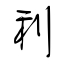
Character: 利